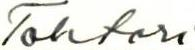
Tohtori